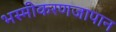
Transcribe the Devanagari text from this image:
भस्मीकरणजापान